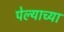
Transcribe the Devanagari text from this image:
पेल्याच्या